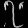
Digit: ၇